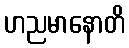
ဟညမာနောတိ